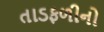
તાડફળીનો